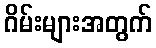
ဂိမ်းများအတွက်